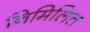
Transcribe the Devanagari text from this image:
निमिलित